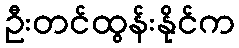
ဦးတင်ထွန်းနိုင်က